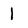
Character: 1